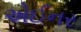
એઈનર